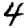
Digit: 4